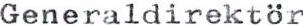
Generaldirektör